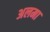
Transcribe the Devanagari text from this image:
अलमा